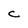
Character: C